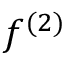
f ^ { ( 2 ) }